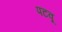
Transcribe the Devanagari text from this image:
पटवू